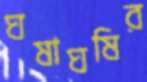
ঘষাঘষির